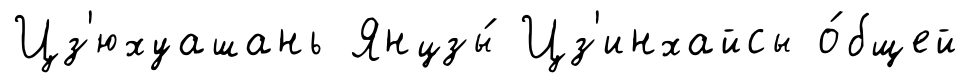
Цз'юхуашань Янцзы́ Цз'инхайсы о́бщей